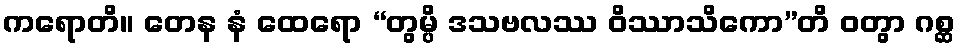
ကရောတိ။ တေန နံ ထေရော “တွမ္ပိ ဒသဗလဿ ဝိဿာသိကော”တိ ဝတွာ ဂစ္ဆ